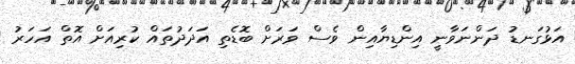
އަޅުގަނޑު ދަންނަވާނީ އިންޑިޔާއިން ވެސް ވަރަށް ބޮޑެތި އަދަދުތައް ކުރިއަށް އޮތް އަހަރު